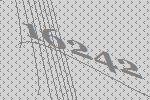
16242